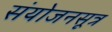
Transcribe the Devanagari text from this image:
संयोजनसूत्र